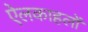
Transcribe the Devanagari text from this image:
ऐलकाहलों